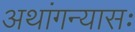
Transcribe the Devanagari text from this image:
अथांगन्यासः